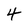
Character: 4